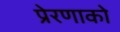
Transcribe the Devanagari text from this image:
प्रेरणाको